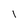
Character: l